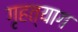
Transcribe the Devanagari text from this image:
गृहत्‍याग